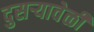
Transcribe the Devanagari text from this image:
दुसर्‍यावेळी